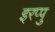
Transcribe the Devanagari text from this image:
इरप्पु